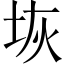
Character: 𭎑